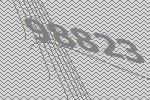
98823